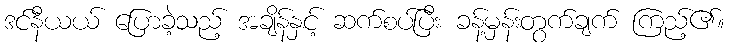
ဒင်နီယယ် ပြောခဲ့သည့် အချိန်နှင့် ဆက်စပ်ပြီး ခန့်မှန်းတွက်ချက် ကြည့်၏။